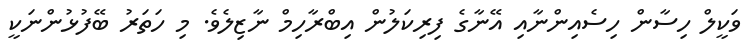
ވަކީލް ހިސާން ހިސެއިންނާއި އޭނާގެ ފިރިކަލުން އިބްރާހިމް ނާޒިލެވެ. މި ހަތަރު ބޭފުޅުންނަކީ